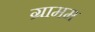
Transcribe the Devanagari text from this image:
ग्रामम